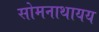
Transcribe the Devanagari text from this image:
सोमनाथायय